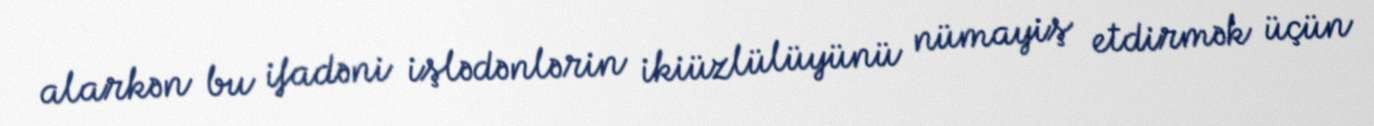
alarkən bu ifadəni işlədənlərin ikiüzlülüyünü nümayiş etdirmək üçün